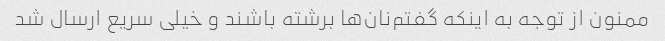
ممنون از توجه به اینکه گفتم‌نان‌ها برشته باشند و خیلی سریع ارسال شد